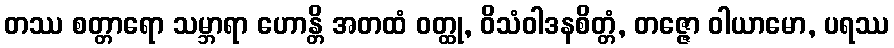
တဿ စတ္တာရော သမ္ဘာရာ ဟောန္တိ အတထံ ဝတ္ထု, ဝိသံဝါဒနစိတ္တံ, တဇ္ဇော ဝါယာမော, ပရဿ